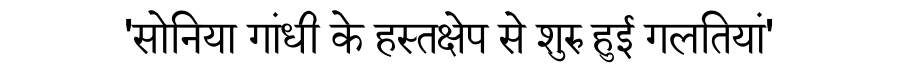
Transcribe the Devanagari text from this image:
'सोनिया गांधी के हस्तक्षेप से शुरु हुई गलतियां'